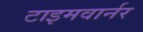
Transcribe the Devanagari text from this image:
टाइमवार्नर